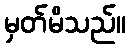
မှတ်မိသည်။